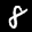
Label: 8